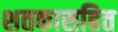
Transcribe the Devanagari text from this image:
शतकासहित